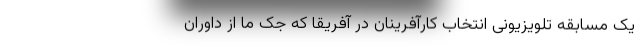
یک مسابقه تلویزیونی انتخاب کارآفرینان در آفریقا که جک ما از داوران